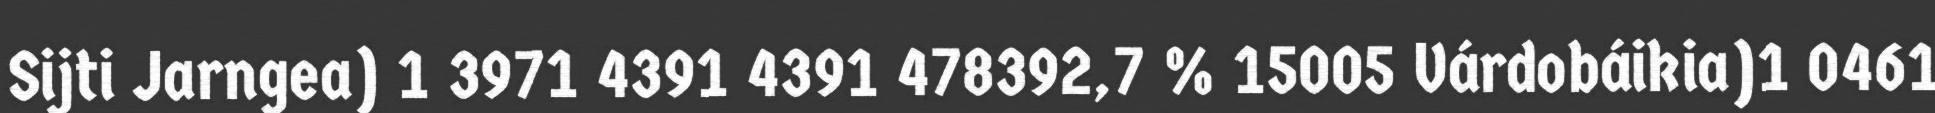
Sijti Jarngea) 1 3971 4391 4391 478392,7 % 15005 Várdobáikia)1 0461